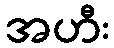
အဟီး